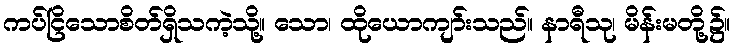
ကပ်ငြိသောစိတ်ရှိသကဲ့သို့။ သော၊ ထိုယောကျာ်းသည်။ နာရီသု၊ မိန်းမတို့၌။